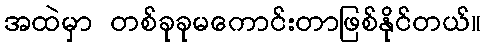
အထဲမှာ တစ်ခုခုမကောင်းတာဖြစ်နိုင်တယ်။